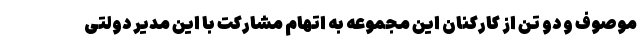
موصوف و دو تن از کارکنان این مجموعه به اتهام مشارکت با این مدیر دولتی